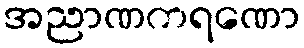
အညာဏကရဏော